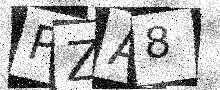
Text: PZA8